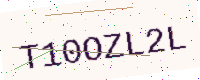
Text: T10OZL2L